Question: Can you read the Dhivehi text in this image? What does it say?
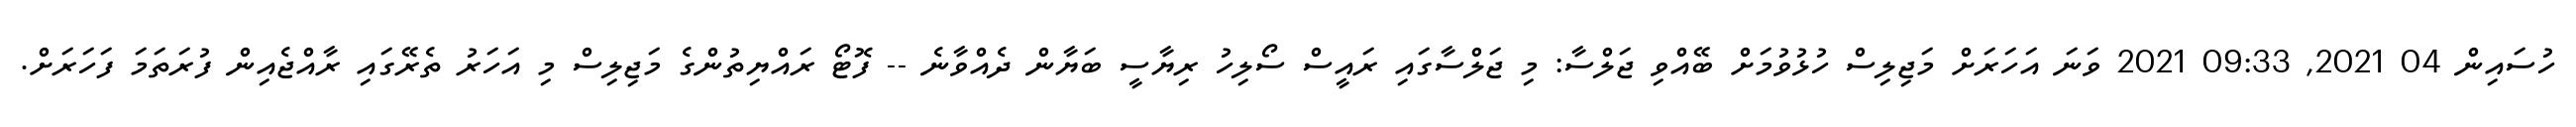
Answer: ހުސައިން 04 2021, 09:33 2021 ވަނަ އަހަރަށް މަޖިލިސް ހުޅުވުމަށް ބޭއްވި ޖަލްސާ: މި ޖަލްސާގައި ރައީސް ސޯލިހު ރިޔާސީ ބަޔާން ދެއްވާނެ -- ފޮޓޯ ރައްޔިތުންގެ މަޖިލިސް މި އަހަރު ތެރޭގައި ރާއްޖެއިން ފުރަތަމަ ފަހަރަށް.